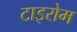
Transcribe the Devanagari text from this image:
टाइरोम